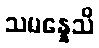
သမန္နေသိ